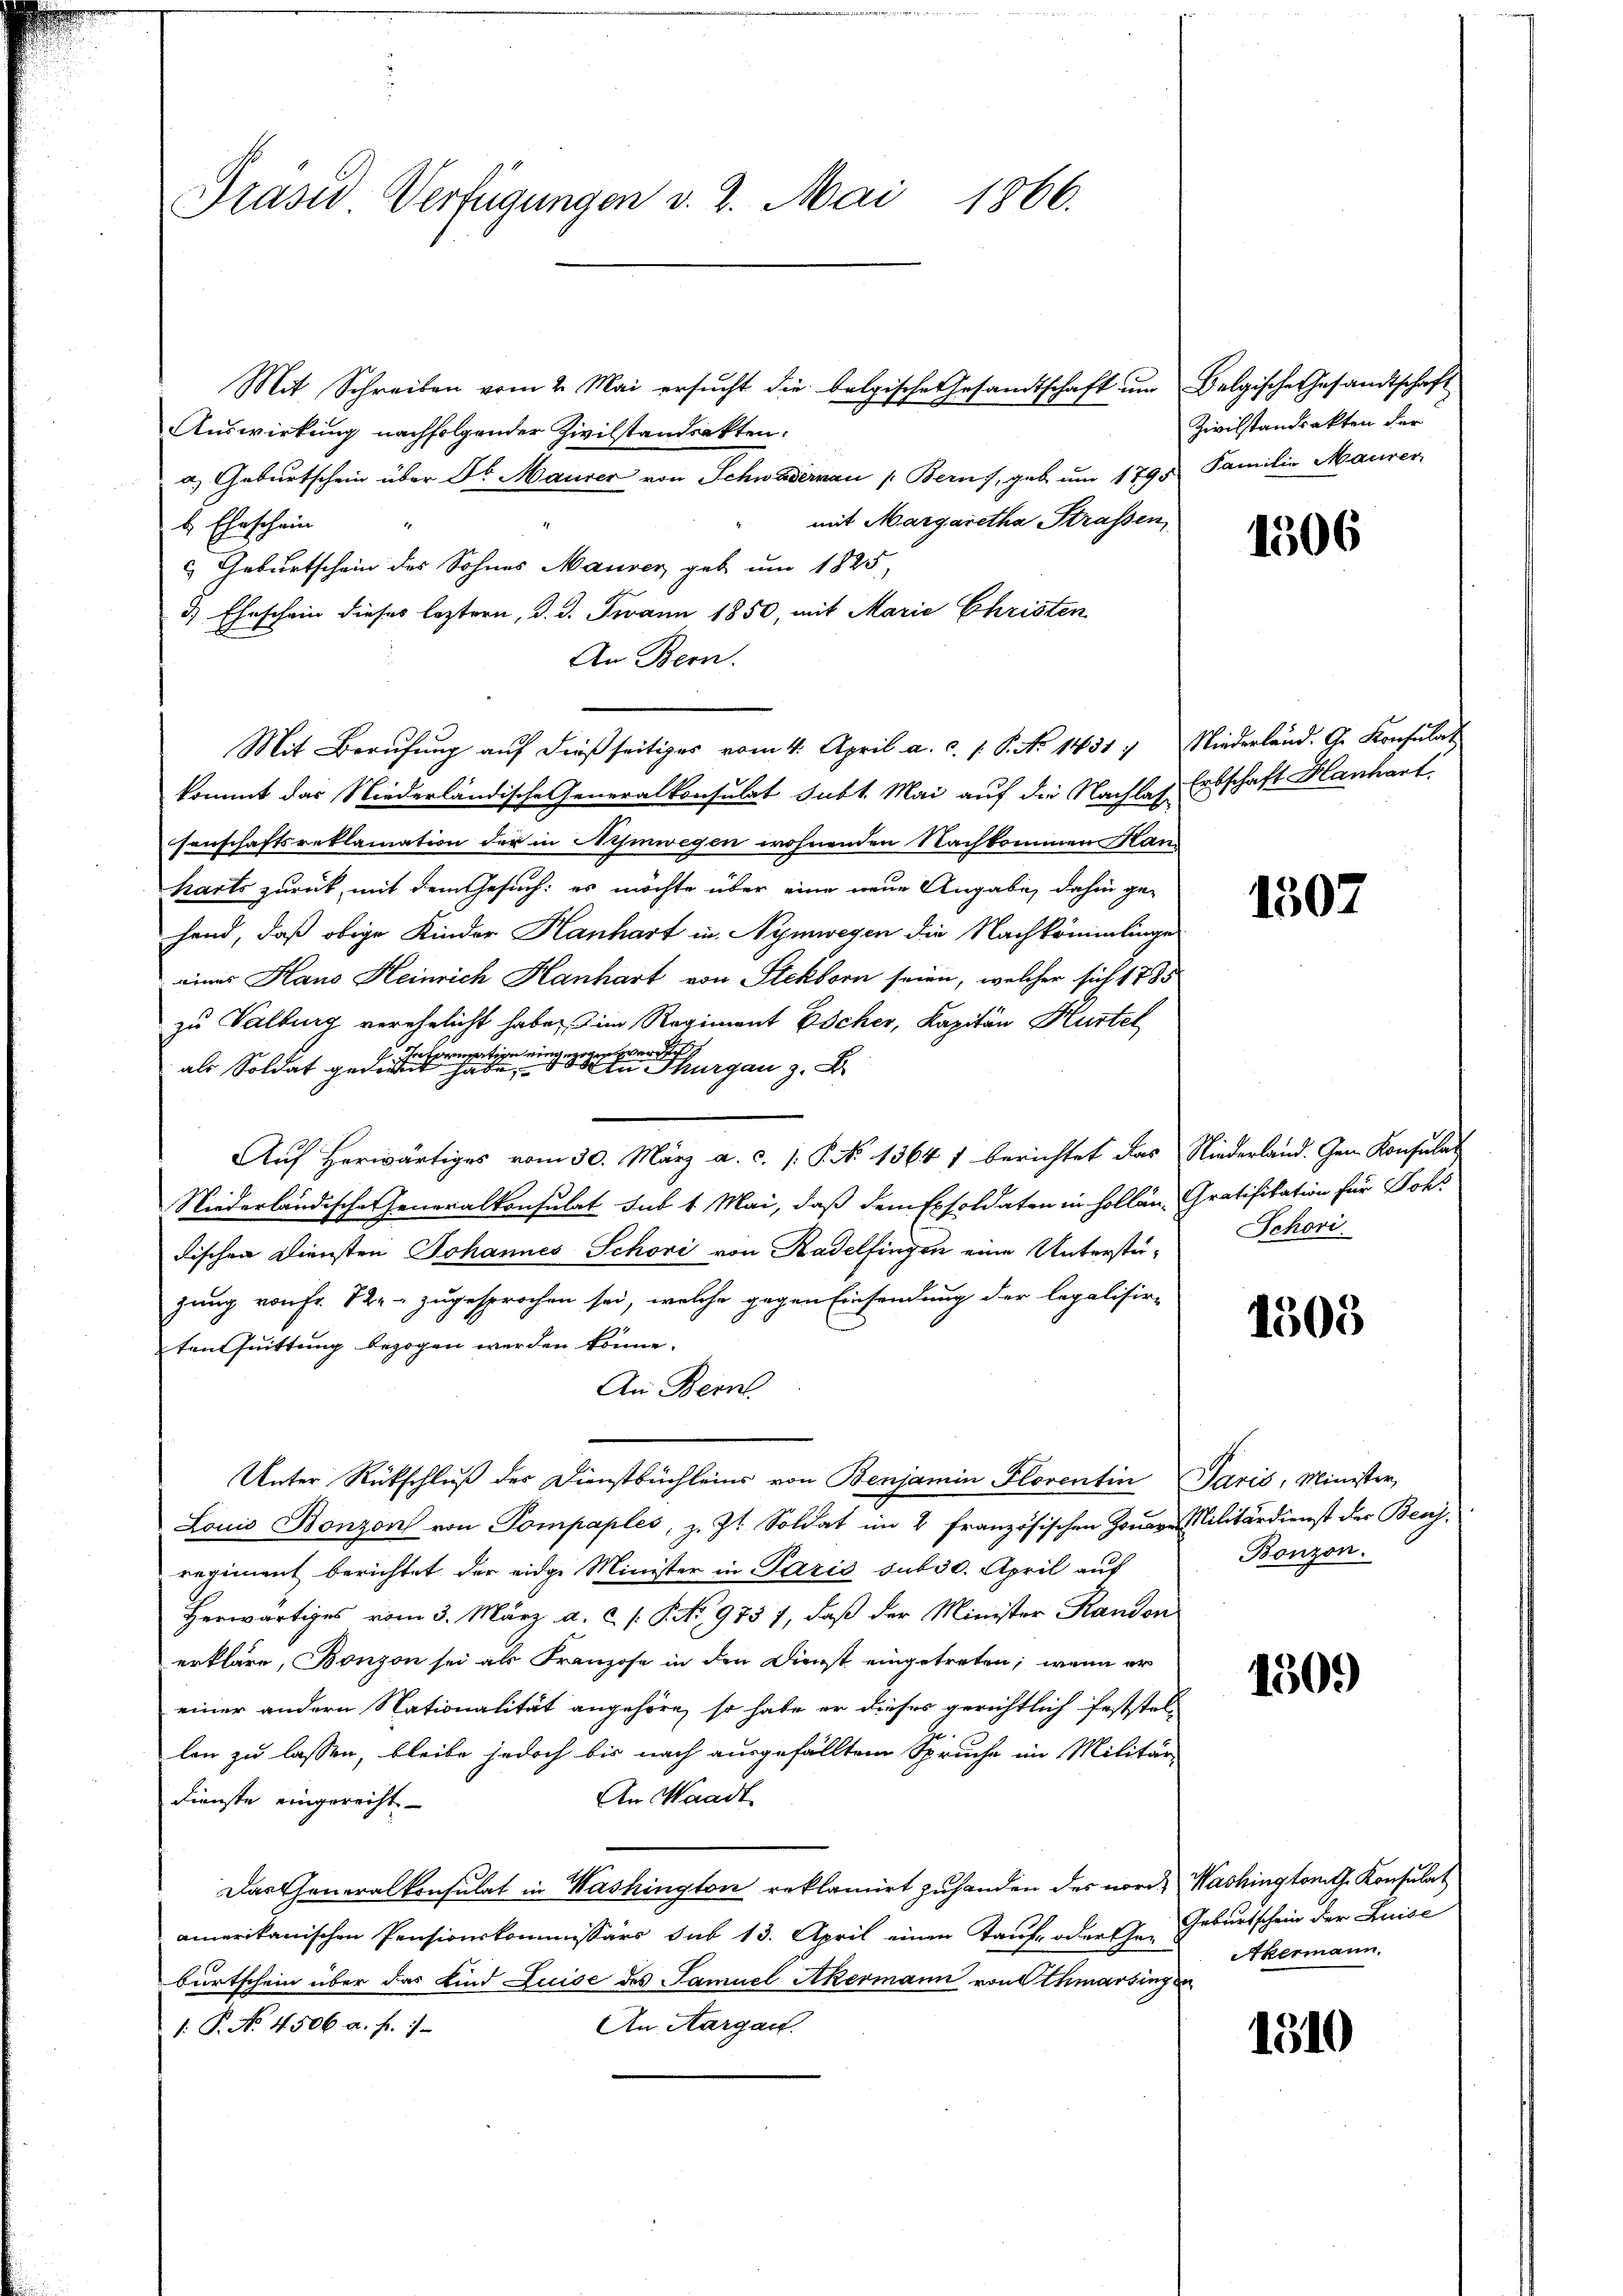
Präsid Verfügungen v. 2. Mai 1866.

Mit Schreiben vom 2. Mai ersŭcht die belgische Gesandtschaft ŭm Belgische Gesandtschaft
Auswirkung nachfolgender Zivilstandsakten.
a) Geburtschein über Dr. Maurer von Schwadernau s. Bern, geb um 1795 Familie Maurer
mit Margaretha Strassen
b Eheschein
 Geburtschein des Sohnes Maurer geb um 1825,
3.) Eheschein dieses leztern, d. d. Jwann 1850, mit Marie Ehristen
An Bern.
Mit Berufung auf dießseitiges vom 4. April a. c. s. S. No 1431, Niederland. G. Konsulat
kommt das Niederländische Generalkonsulat subt. Mai auf die Nachlag Entschaft Hanhart
senschaftsreklamation der in Umwegen wohnenden Nachkommen Han
harts zurück, mit dem Gesuch: es möchte über eine neue Angabe, dahin ge-
hend, daß obige Kinder Hanhart in Nymwegen die Nachkömmlinge
eines Haus Heinrich Hanhart von Steckborn seien, welcher sich 1785
zu Valburg verehelicht habe, im Regiment Escher, Kapitän Hustel
werde
ormation einge
als dagegen Thurgau z. B
Auf herwärtiges vom 30. März a. c. /: P. No 1364 1 berichtet das Niederland. Gem. Konsulat
Niederländische Generalkonsulat sub 1 Mai, daß dem Exsoldaten in hollen Gratifikation für Johs
dischen Diensten Johannes Schori von Kadelfingen eine Unterstüzung von Fr. 12. zugesprochen sei, welche gegen Einsendung der legalisir-
tenfuittung bezogen werden könne.
An Bern.
Unter Rückschluß der Dienstbüchleins von Benjamin Florentin Paris, Minister,
Louis Bonzon von Pompaples, z. Zt. Soldat im 4 französischen Zonare Militärdienst der Beasregiment berichtet der eidge Minister in Paris sub 30. April auf
Herwärtiges vom 3. März a. c. /: P. No 9737, daß der Minister Randon
erkläre, Bonzon sei als Franzose in den Dienst eingetreten; wenn er
einer andern Nationalität angehöre, so habe er dieses gerichtlich feststel-
len zu lassen, bleibe jedoch bis nach ausgefällten Spruche im Militär-
An Waadt
Dienste eingerecht.
Das Generalkonsulat in Washington reklamirt zu handen des nord. Washingtonith Konsulat
amerikanischen Pensionskommissärs sub 13. April einen Tauf- oder Jr. Geburtschein der Luise
burtschein über das Kind Luise des Samuel Akermann von Othmarsingen
An Aargart.
1. P. No. 4506 a. f. 1

Zivilstandsakten der

1306

1507

Schori

1305

Bonzon.

1509

Akermann.

1310